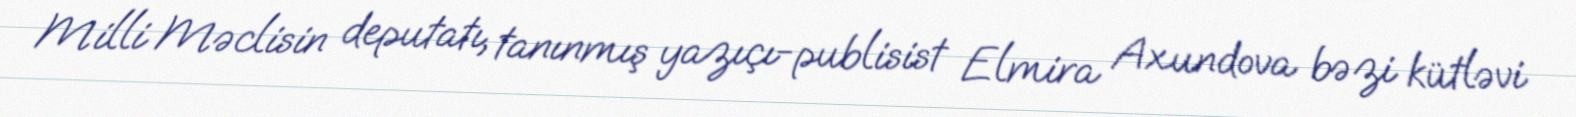
Milli Məclisin deputatı, tanınmış yazıçı-publisist Elmira Axundova bəzi kütləvi